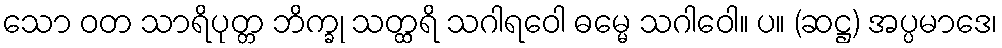
သော ဝတ သာရိပုတ္တ ဘိက္ခု သတ္ထရိ သဂါရဝေါ ဓမ္မေ သဂါဝေါ။ ပ။ (ဆဋ္ဌ) အပ္ပမာဒေ၊